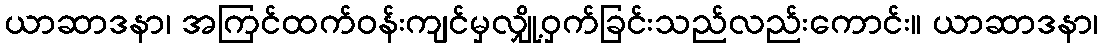
ယာဆာဒနာ၊ အကြင်ထက်ဝန်းကျင်မှလျှို့ဝှက်ခြင်းသည်လည်းကောင်း။ ယာဆာဒနာ၊